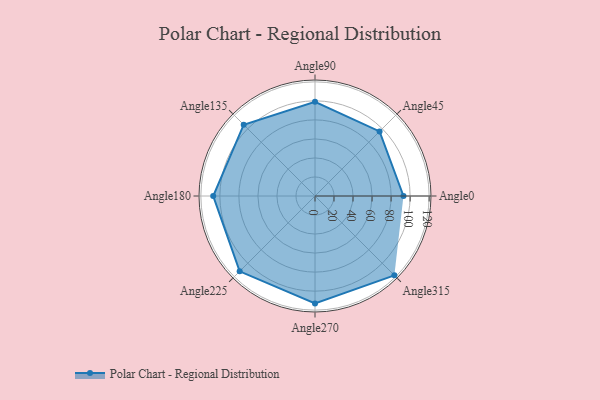
{"axis": {"x": "Angle", "y": "Radius"}, "legend": [""], "data": [{"x": "Angle0", "y": 93.0, "type": ""}, {"x": "Angle45", "y": 96.0, "type": ""}, {"x": "Angle90", "y": 99.0, "type": ""}, {"x": "Angle135", "y": 106.0, "type": ""}, {"x": "Angle180", "y": 107.0, "type": ""}, {"x": "Angle225", "y": 112.0, "type": ""}, {"x": "Angle270", "y": 113.0, "type": ""}, {"x": "Angle315", "y": 118.0, "type": ""}]}